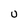
Character: U